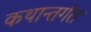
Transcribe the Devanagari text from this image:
कथान्तर्गत